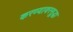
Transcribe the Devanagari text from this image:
करण्यावरसुद्धा